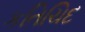
કતિચિદ